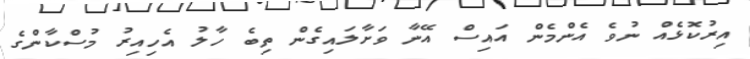
އިރުކޮޅެއް ނުވެ އެންމެން އައިސް އޭނާ ވަށާލައިގެން ތިބެ ހާލު އެހިއިރު މުސްކާންގެ